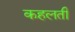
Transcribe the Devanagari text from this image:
कहलती